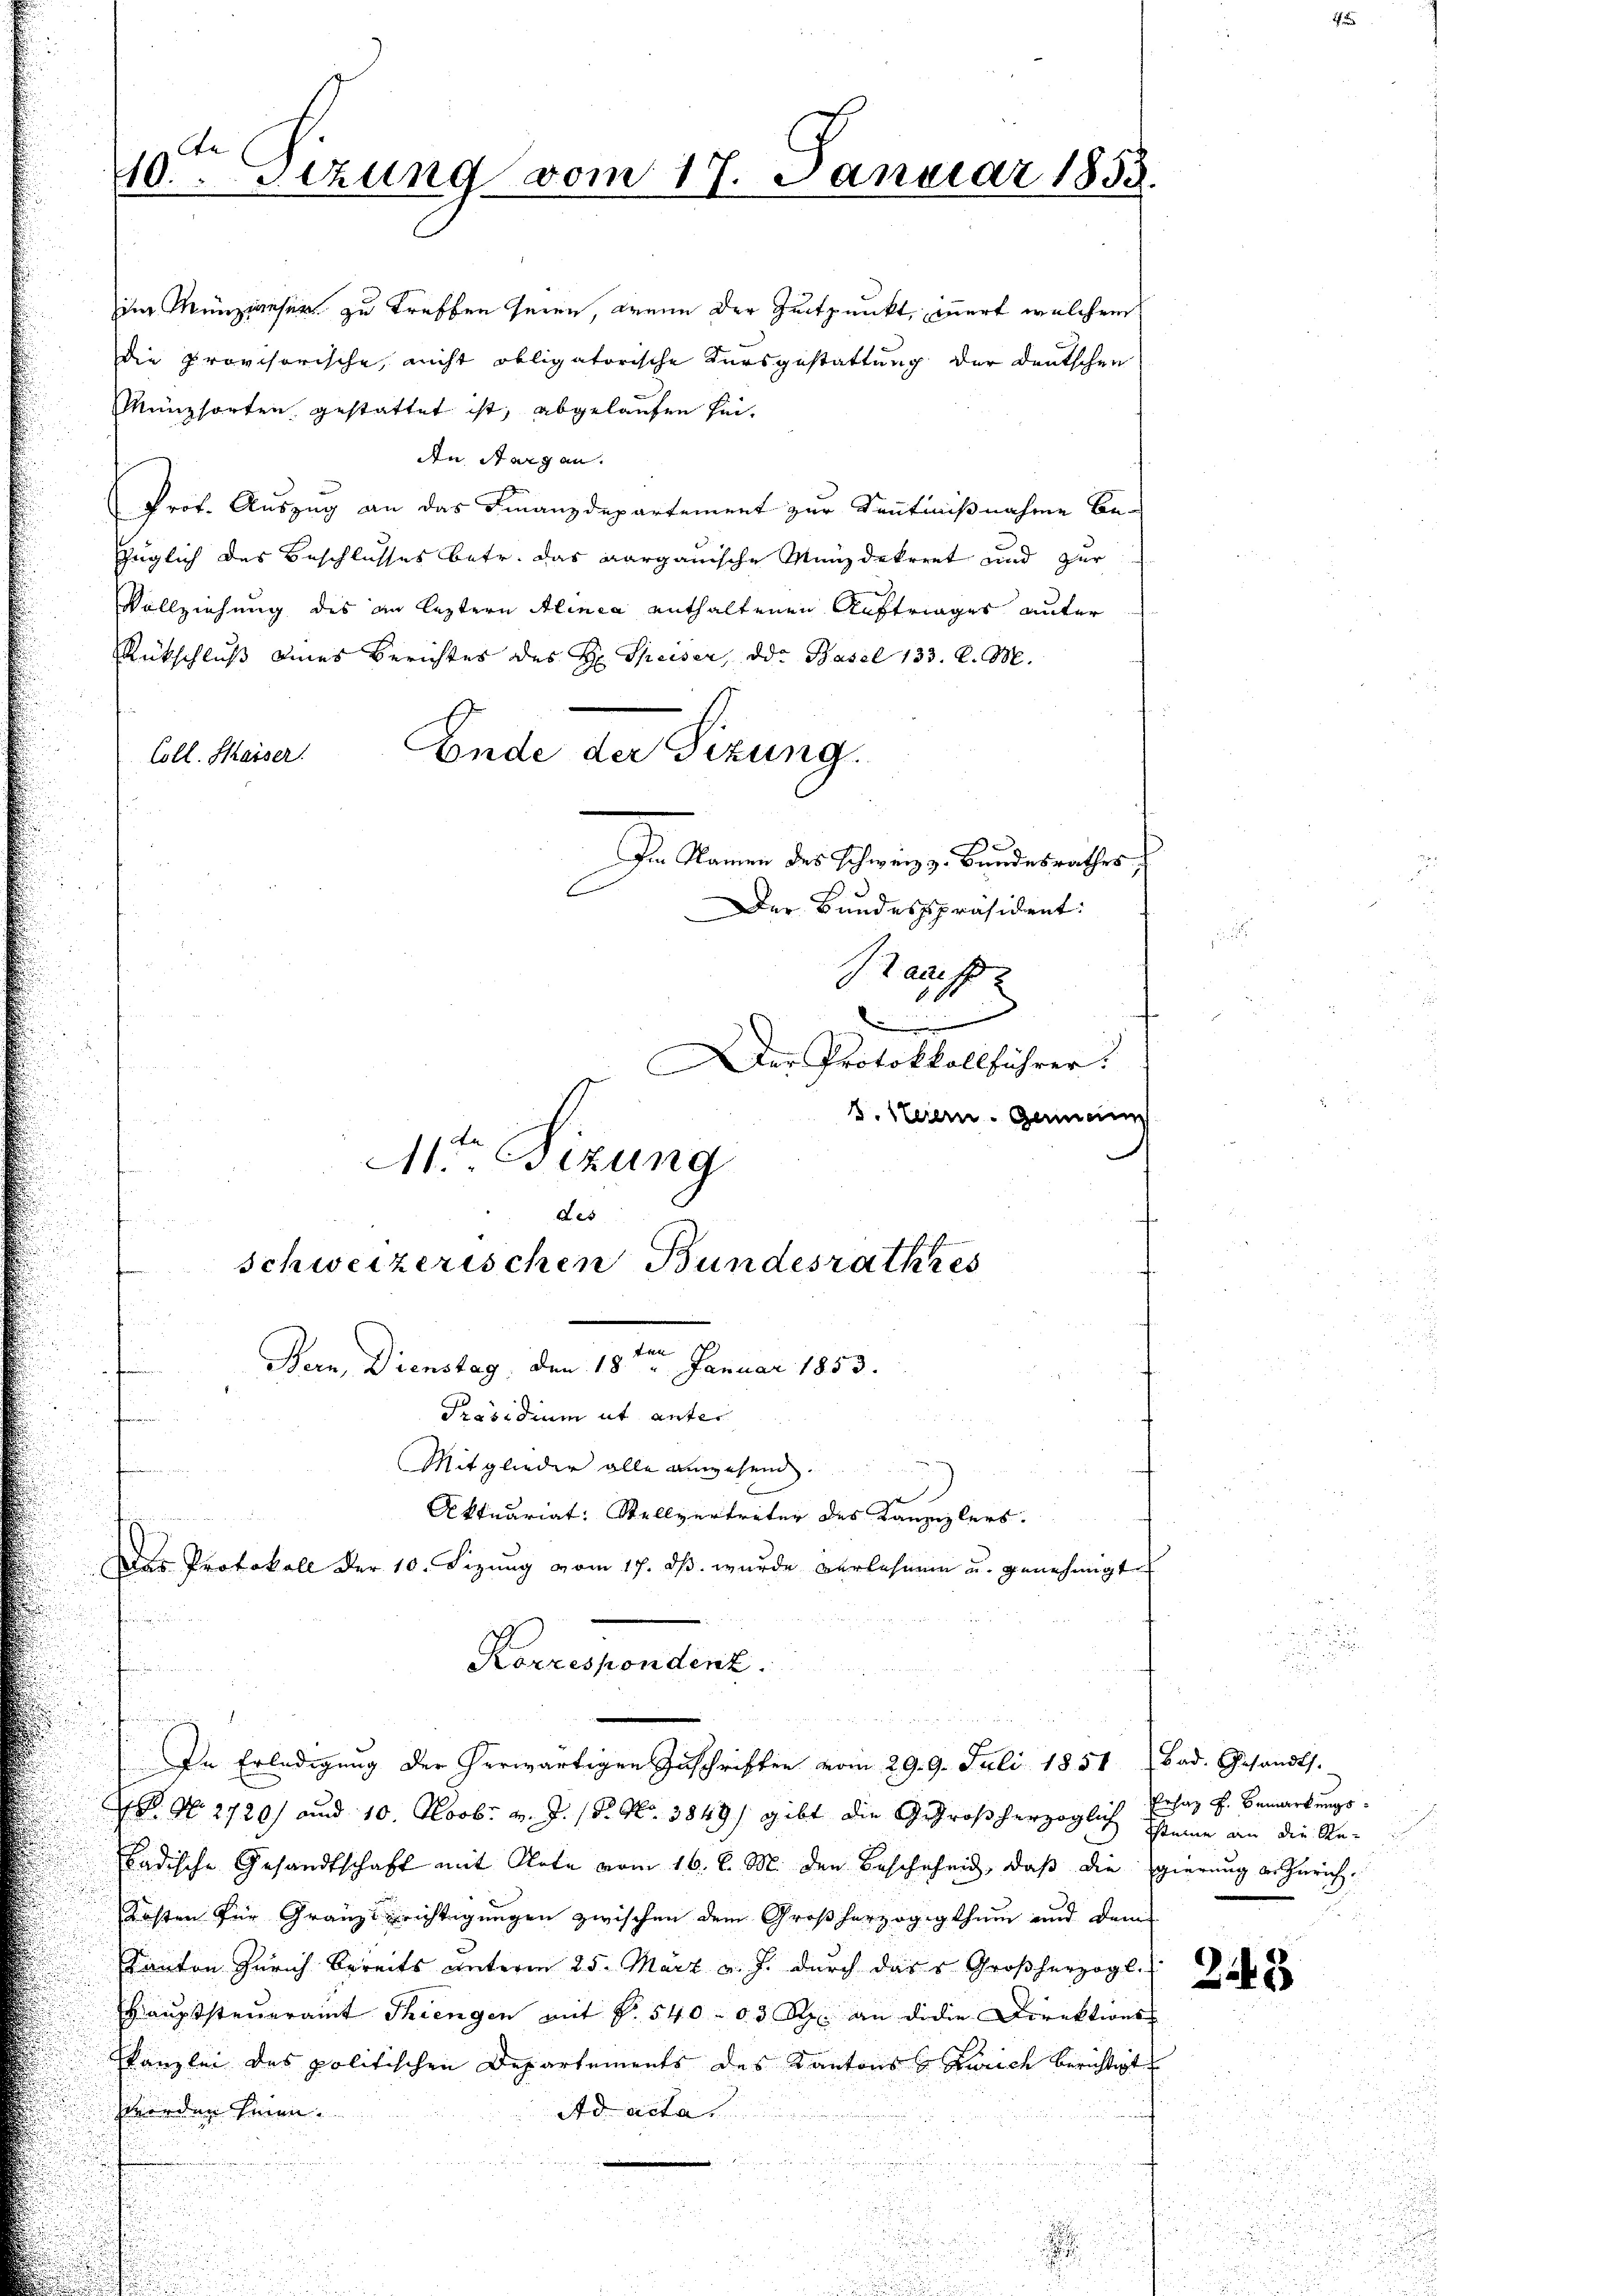
10ten Sizung vom 17. Januar 1858.

im Munzinsers zu treffen seien, wenn der Zeitpunkt, innert welchem
die provisorische, nicht obligatorische Kursgestattung der deutschen
Münzsorten gestattet ist, abgelaufen sei.
An Aargau.
Prof. Auszug an das Finanzdepartement zur Senntnißnahme be-
füglich des Beschlusses betr. das Aargauische Münzdekret und zur
Vollziehung des an leztere Alinea enthaltenen Auftrages unter
Rückschluß eines Berichtes des Hr. Speiser, od. Basel 133. d. M.
Ende der Sizung.
Coll. Kaiser.
Im Namen des Schweiz z. Bundesrathes
Der Bundespräsident:
aaf

b
Der Protokkollführer
v. Steiern. Gemein
Mtt Sizung
Aet

N. N. 2720) und 10. Novbr. v. J. 18. No. 3849) gibt die Großherzoglich eine die Re-
Ladische Gesandtschaft mit Note vom 16. d. M. den Beschehend, daß die Egierung an Zürich¬
Kosten für Gränzerichtigungen zwischen dem Großherzogigthum und dem
Kanton Zürich bereits unterm 25. März d. J. durch das v. Großherzogl. da
Hauptsteueramt Threngen mit §. 540 03 Rp. an dieie Direktions
Kanzlei des politischen Departements des Kantons Zürich berichtigt
werden sein.
Ad acta
.

schweizerischen Bundesrathes
an
Bern, Dienstag, den 18. Januar 1853.
Präsidium ut unter
Mitglieder alle anwesend.
Aktuariat: Stellvertreter des Kanzizlers.
Das Protokoll der 10. Sizung vom 17. dβ. wurde verlehnen u. genehmigt
Korrespondenz.
u
n
In Erledigŭng der herwärtigen Zuschriften vom 29. 9. Juli 1851 bad. Gesandts.

Prsaz F. Bemerkungs¬